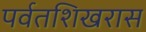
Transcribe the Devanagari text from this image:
पर्वतशिखरास